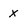
Character: X